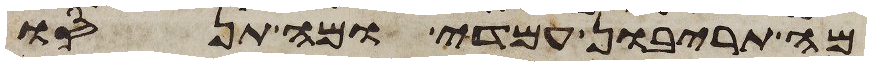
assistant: מה תריבון עמדי ומה תנסו